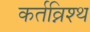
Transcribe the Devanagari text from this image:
कर्तव्निश्थ